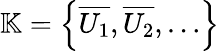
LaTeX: \mathbb{K}=\left\{ {\overline{{U_{1}}}},{\overline{{U_{2}}}},\ldots\right\}